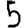
Digit: 5